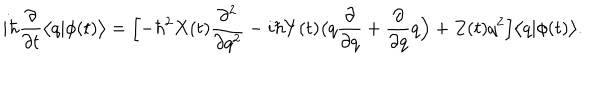
i \hbar \frac { \partial } { \partial t } \bigl < q | \phi ( t ) \bigr > = \Bigl [ - \hbar ^ { 2 } X ( t ) \frac { \partial ^ { 2 } } { \partial q ^ { 2 } } - i \hbar Y ( t ) \bigl ( q \frac { \partial } { \partial q } + \frac { \partial } { \partial q } q \Bigr ) + Z ( t ) q ^ { 2 } \Bigr ] \bigl < q | \phi ( t ) \bigr > .